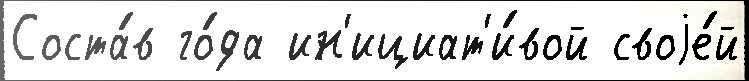
Соста́в го́да ин'ициат'и́вой своjе́й